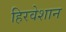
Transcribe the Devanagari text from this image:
हिरवेशान